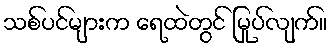
သစ်ပင်များက ရေထဲတွင် မြုပ်လျက်။